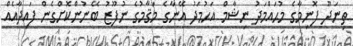
ތިނަދޫ ފޮނިމާގެ މުޙައްމަދު ނިޝާމް އަޙުމަދު އޭނާގެ މަޤާމުގެ ނުފޫޒު ބޭނުންކޮށްގެން ފައިދާއެއް